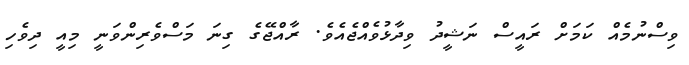
ވިސްނުމެއް ކަމަށް ރައީސް ނަޝީދު ވިދާޅުވެއްޖެއެވެ. ރާއްޖޭގެ ގިނަ މަސްވެރިންވަނީ މިއީ ދިވެހި